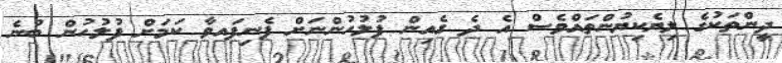
ދީންތަކުގެ ލިޔެކިޔުންތައްވެސް އެ ދެ ގެއިން ފުލުހުންނަށް ފެނިފައވާ ކަމަށް ފުލުހުން ބުނެ